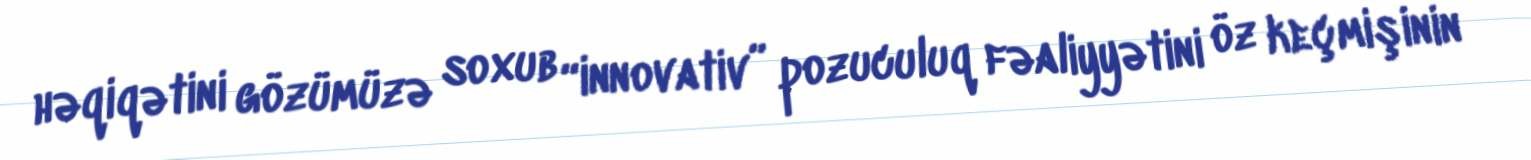
həqiqətini gözümüzə soxub “innovativ” pozuculuq fəaliyyətini öz keçmişinin